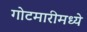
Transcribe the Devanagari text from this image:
गोटमारीमध्ये